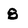
Character: 8